Report on the working of the mental hospitals for Indians in Bihar and Orissa - 1925-1929
Year: 1925
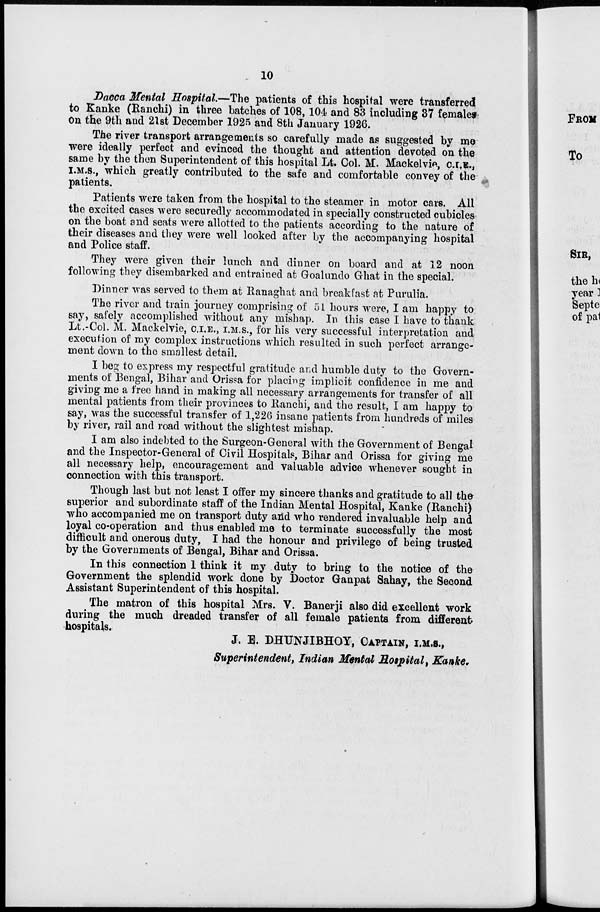
10
Dacca Mental Hospital.—The patients of this hospital were transferred
to Kanke (Ranchi) in three batches of 108, 104 and 83 including 37 females
on the 9th and 21st December 1925 and 8th January 1926.
The river transport arrangements so carefully made as suggested by me
were ideally perfect and evinced the thought and attention devoted on the
same by the then Superintendent of this hospital Lt. Col. M. Mackelvie, C.I.E.,
I.M.S., which greatly contributed to the safe and comfortable convey of the
patients.
Patients were taken from the hospital to the steamer in motor cars. All
the excited cases were securedly accommodated in specially constructed cubicles
on the boat and seats were allotted to the patients according to the nature of
their diseases and they were well looked after by the accompanying hospital
and Police staff.
They were given their lunch and dinner on board and at 12 noon
following they disembarked and entrained at Goalundo Ghat in the special.
Dinner was served to them at Ranaghat and breakfast at Purulia.
The river and train journey comprising of 51 hours were, I am happy to
say, safely accomplished without any mishap. In this case I have to thank
Lt.-Col. M. Mackelvie, C.I.E., I.M.S., for his very successful interpretation and
execution of my complex instructions which resulted in such perfect arrange-
ment down to the smallest detail.
I beg to express my respectful gratitude and humble duty to the Govern-
ments of Bengal, Bihar and Orissa for placing implicit confidence in me and
giving me a free hand in making all necessary arrangements for transfer of all
mental patients from their provinces to Ranchi, and the result, I am happy to
say, was the successful transfer of 1,226 insane patients from hundreds of miles
by river, rail and road without the slightest mishap.
I am also indebted to the Surgeon-General with the Government of Bengal
and the Inspector-General of Civil Hospitals, Bihar and Orissa for giving me
all necessary help, encouragement and valuable advice whenever sought in
connection with this transport.
Though last but not least I offer my sincere thanks and gratitude to all the
superior and subordinate staff of the Indian Mental Hospital, Kanke (Ranchi)
who accompanied me on transport duty and who rendered invaluable help and
loyal co-operation and thus enabled me to terminate successfully the most
difficult and onerous duty, I had the honour and privilege of being trusted
by the Governments of Bengal, Bihar and Orissa.
In this connection I think it my duty to bring to the notice of the
Government the splendid work done by Doctor Ganpat Sahay, the Second
Assistant Superintendent of this hospital.
The matron of this hospital Mrs. V. Banerji also did excellent work
during the much dreaded transfer of all female patients from different
hospitals.
J. E. DHUNJIBHOY, CAPTAIN, I.M.S.,
Superintendent, Indian Mental Hospital, Kanke.